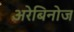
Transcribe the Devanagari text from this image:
अरेबिनोज